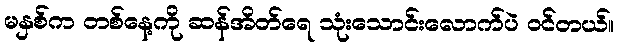
မနှစ်က တစ်နေ့ကို ဆန်အိတ်ရေ သုံးသောင်းလောက်ပဲ ဝင်တယ်။